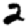
Digit: 2